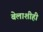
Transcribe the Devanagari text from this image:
बेलाशीही